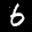
Digit: 6